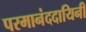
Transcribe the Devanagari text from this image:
परमानंददायिनी